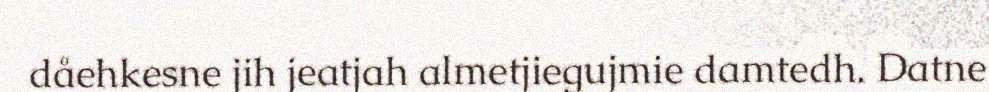
dåehkesne jih jeatjah almetjiegujmie damtedh. Datne